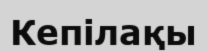
Кепілақы